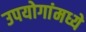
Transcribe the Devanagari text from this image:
उपयोगांमध्ये